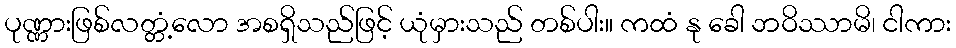
ပုဏ္ဏားဖြစ်လတ္တံ့လော အစရှိသည်ဖြင့် ယုံမှားသည် တစ်ပါး။ ကထံ နု ခေါ ဘဝိဿာမိ၊ ငါကား